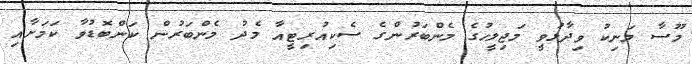
މޫސާ މަނިކު ވިދާޅުވީ މަޖިލީހުގެ މެންބަރުންގެ ސެކިއުރިޓީއާ މެދު މެންބަރުން ކަންބޮޑުވާ ކަމަށާއި